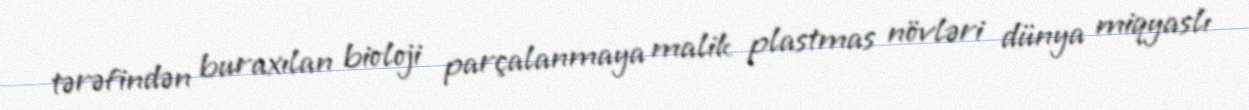
tərəfindən buraxılan bioloji parçalanmaya malik plastmas növləri dünya miqyaslı